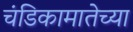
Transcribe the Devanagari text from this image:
चंडिकामातेच्या